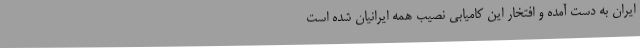
ایران به دست آمده و افتخار این کامیابی نصیب همهٔ ایرانیان شده است